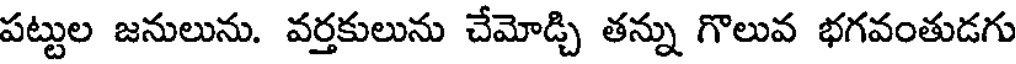
పట్టుల జనులును. వర్తకులును చేమోడ్చి తన్ను గొలువ భగవంతుడగు